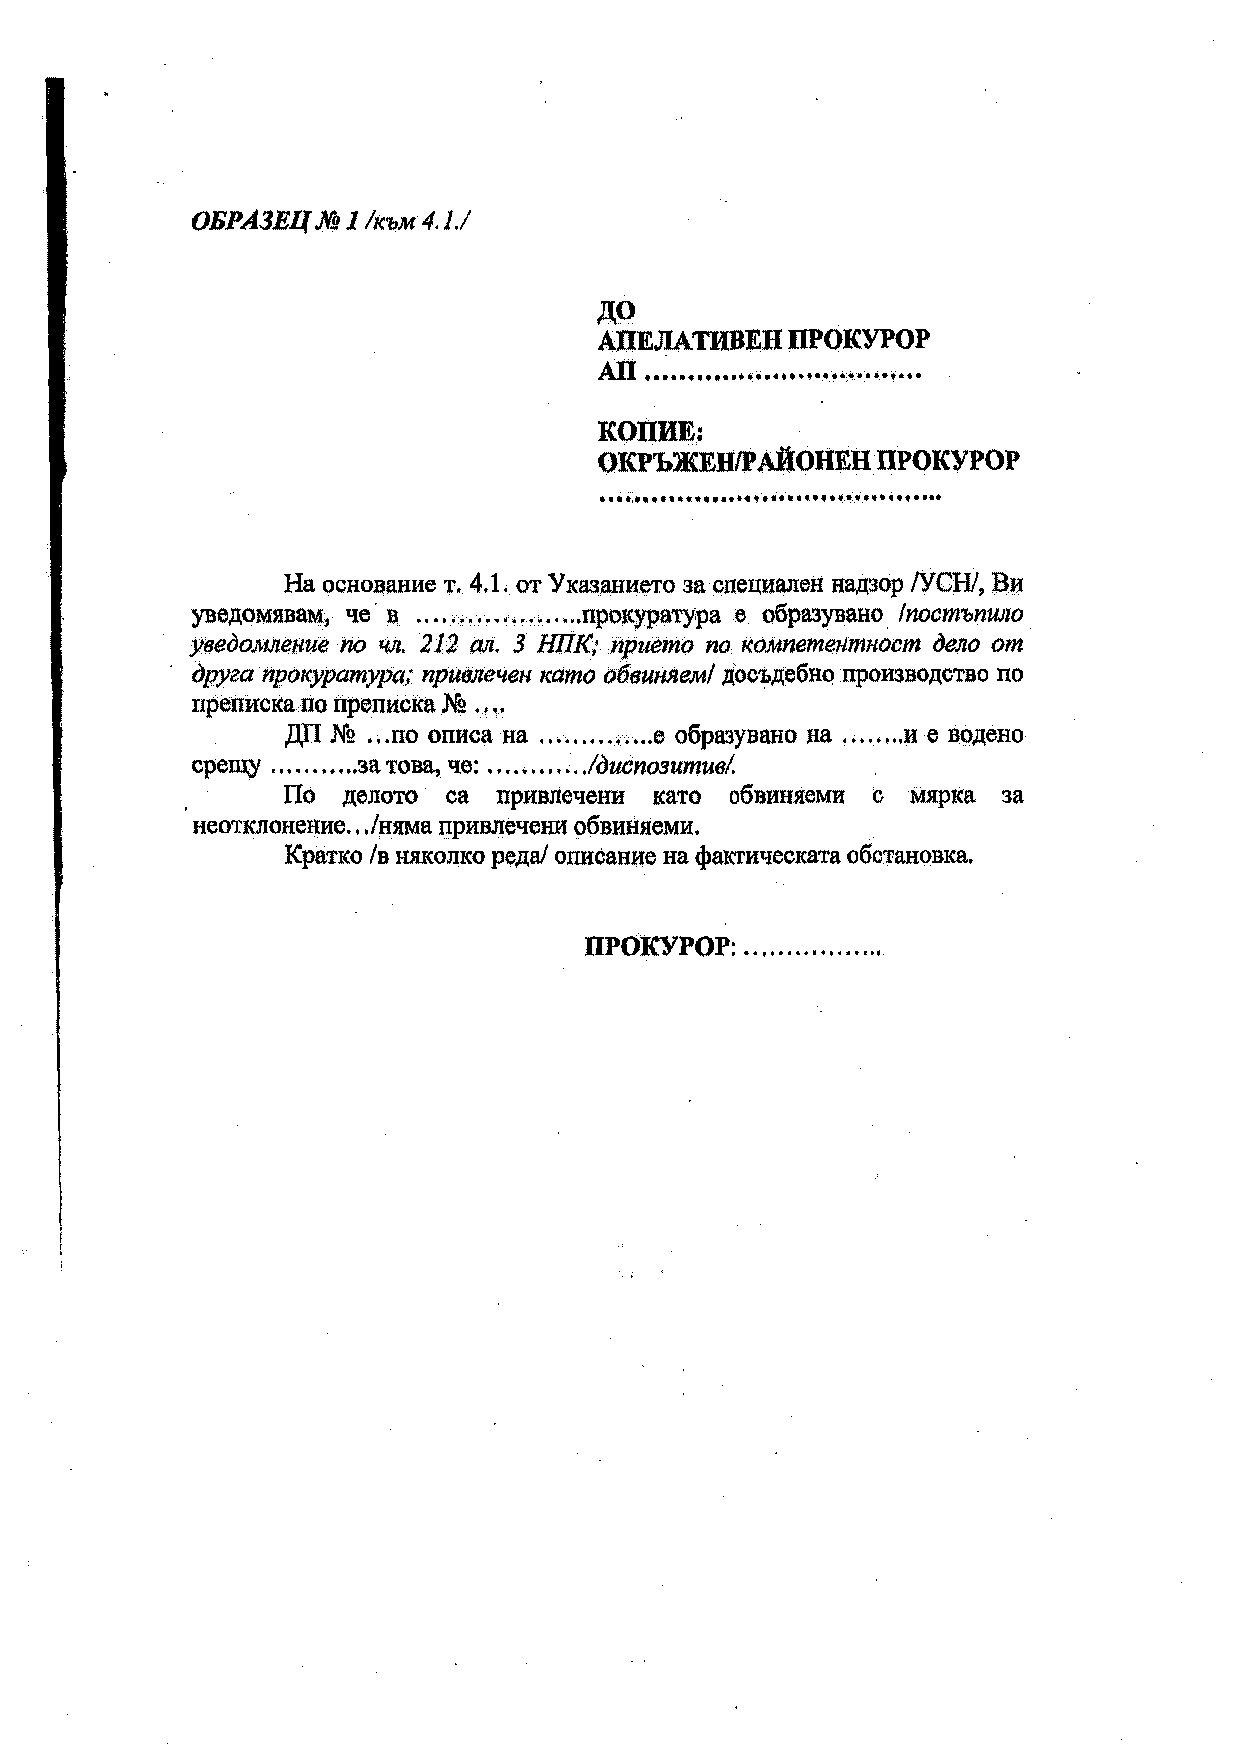
ОБРАЗЕЦ .№ 1 lкъм 4. 1./
 ДО
 АПЕЛАТИВЕН   ПРОКУРОР
 .................•... _.. ......... .
 АП
 :КОПИЕ:
 ОКРЪЖЕН/РАЙОНЕН   ПРОКУРОР
 ···~·····································
 На основание т. 4.1. от Указанието за сnециален надзор /УСН/, Ви
 ....................
 уведомявам, че· в         прокуратура е образувано. /постъпило
 ·    212   3
 уведомление по чл. ал. НПК,· прието по компетентност дело от
 no
 друга прокуратура; привлечен като обвиняем/ досъдебно производство
 No •, .•
 преписка по преписка
 ДП №  ., .по описа на .............. е образувано на ........ и е водено
 ...........    ....•......
 срещу      за това, че:   .lдиспозитив/.
 По  делото са привлечени като обвиняеми с мярка за
 ..
 неотклонение ./няма привлечени обвиняеми.
 Кратко /в няколко реда/ описание на фактическата обстановка.
 ................ .
 ПРОКУРОР: